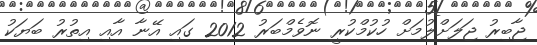
ޖާބިރު ޖަލަށްލުމަށް ހުކުމްކުރީ ނޮވެމްބަރު 2012 ގައި އޭނާ އާއި އިތުރު ބަޔަކު